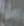
عمل